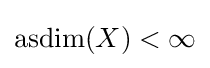
\operatorname {asdim} (X)<\infty